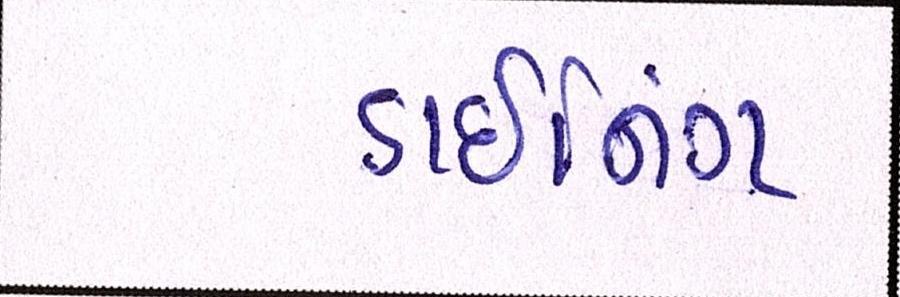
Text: ડાઇનિંગ